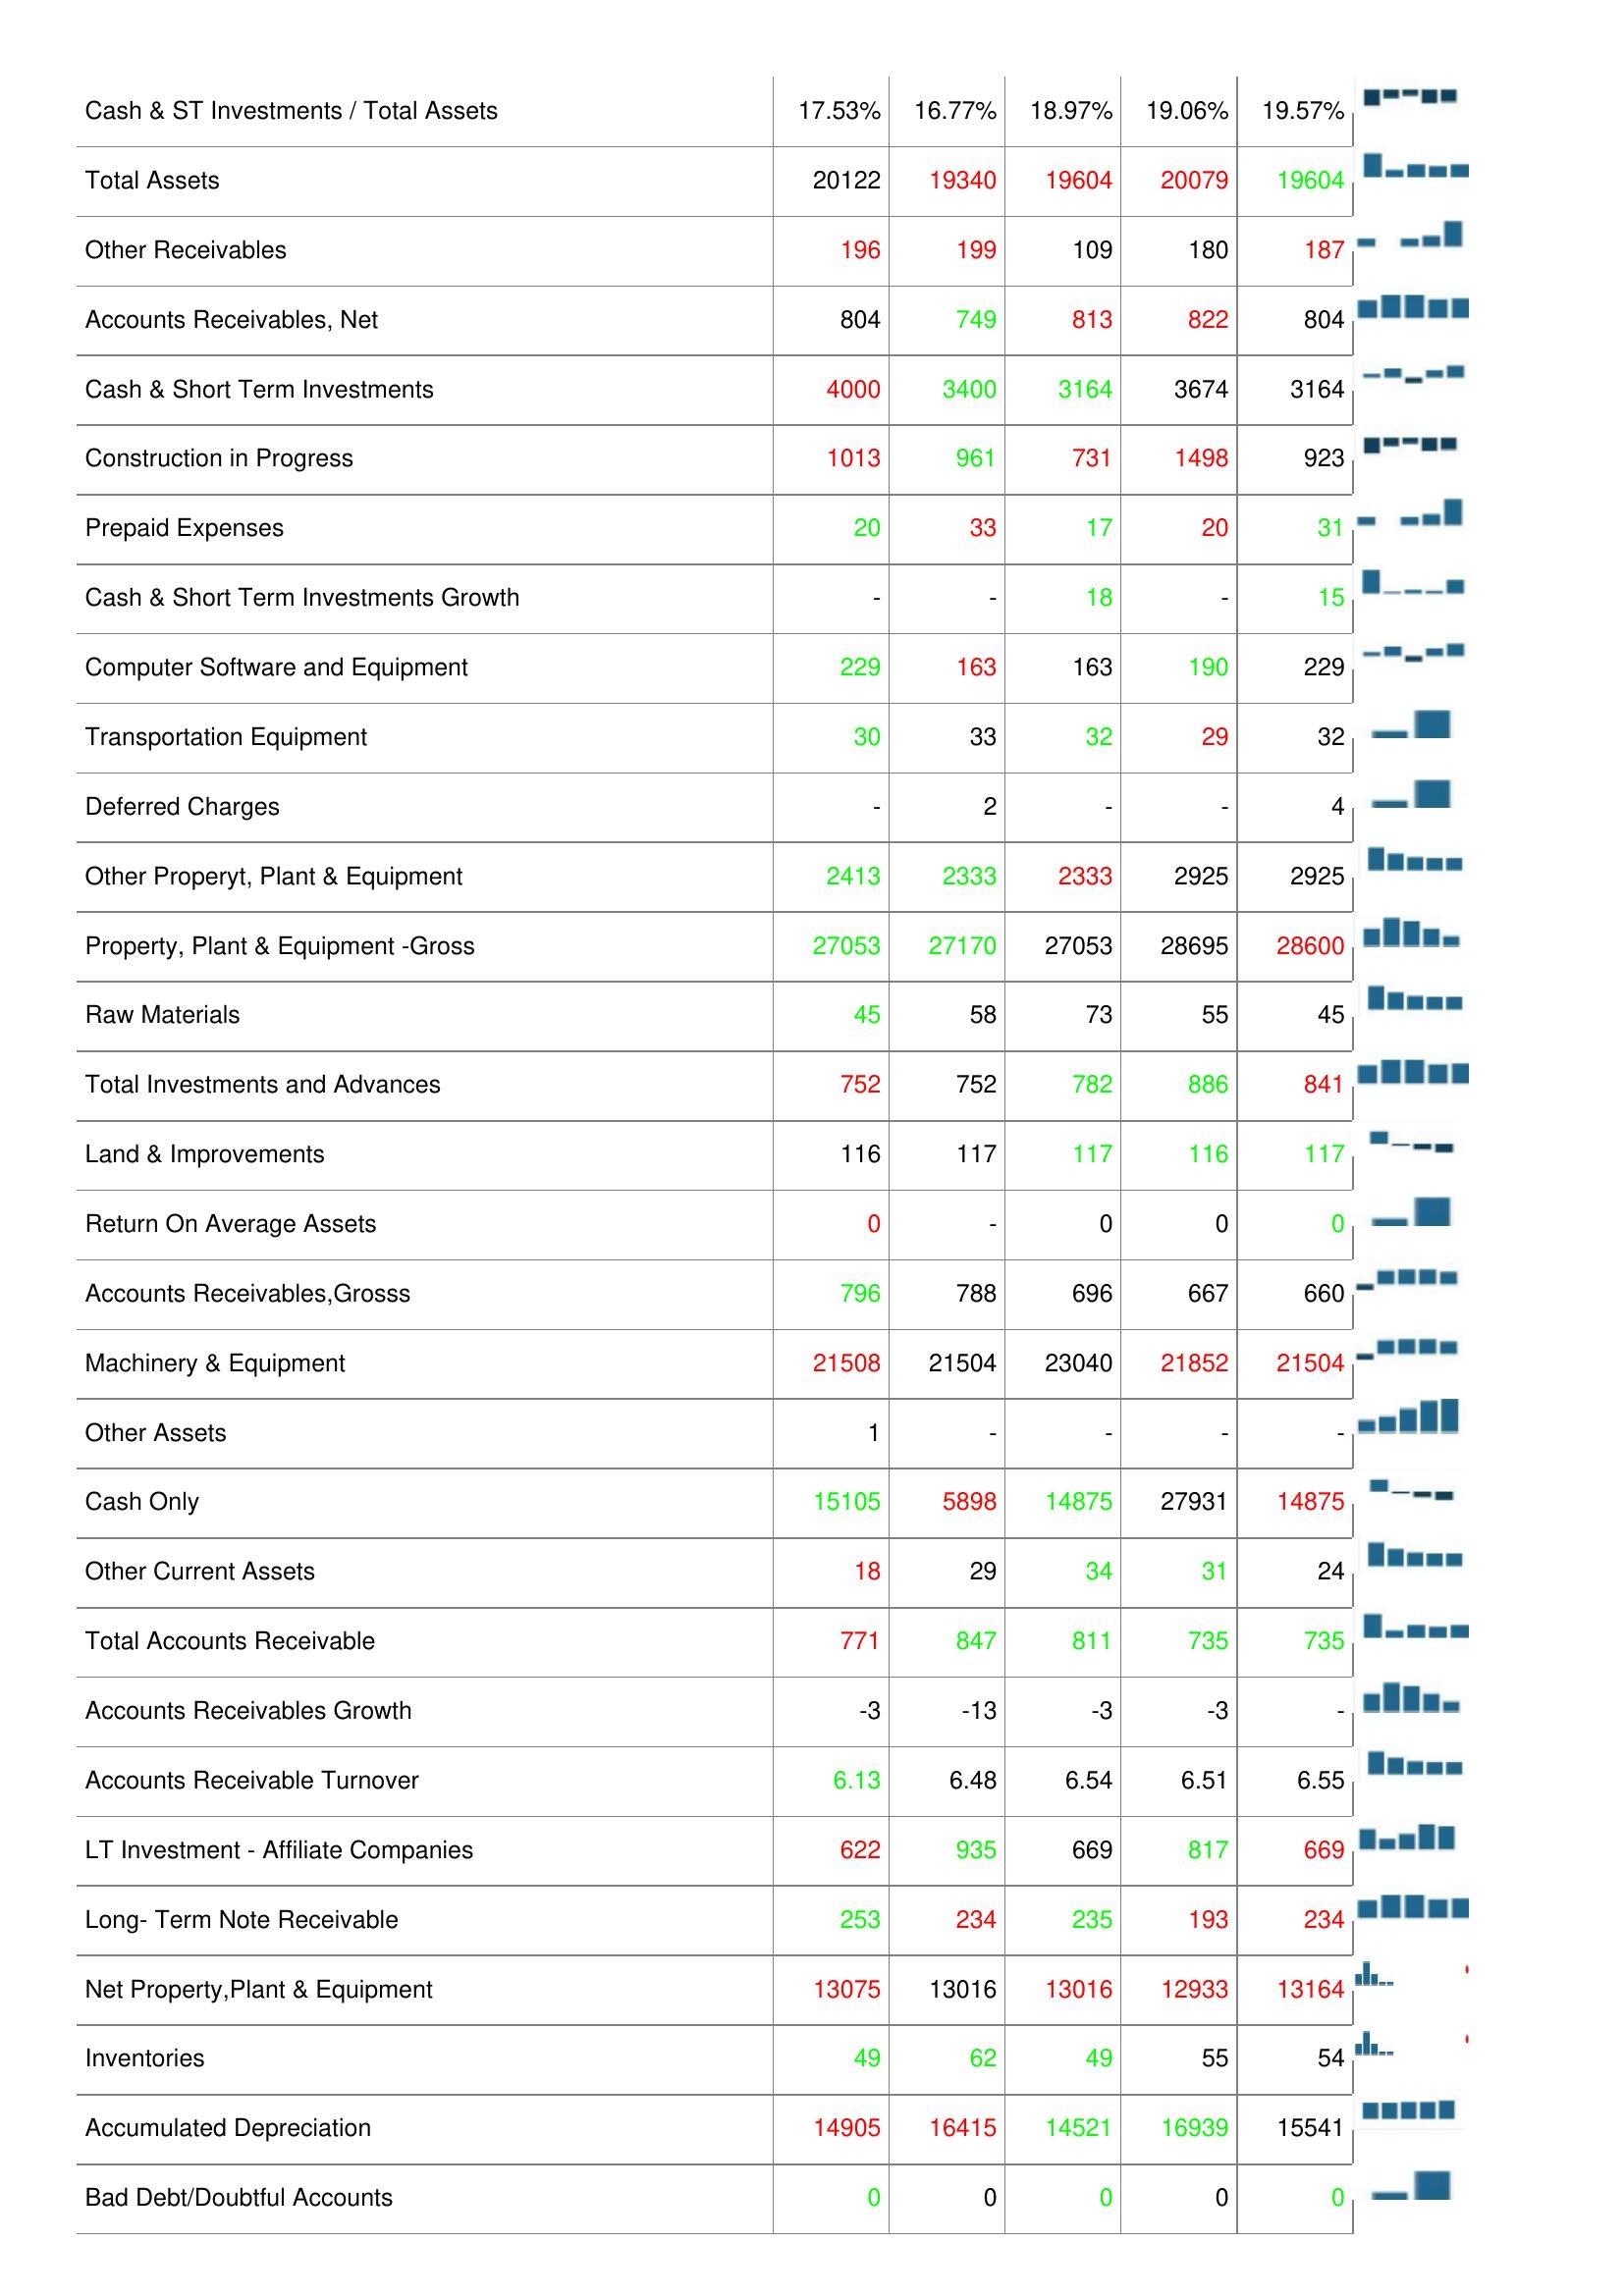
2020: Assets: Total Current Assets: 4098
Buildings: 443
Asset Turnover: -
Assets - Total-Growth: 2
Leases: 1331
Finished Goods: 2
Cash & ST Investments / Total Assets: 17.53%
Total Assets: 20122
Other Receivables: 196
Accounts Receivables, Net: 804
Cash & Short Term Investments: 4000
Construction in Progress: 1013
Prepaid Expenses: 20
Cash & Short Term Investments Growth: -
Computer Software and Equipment: 229
Transportation Equipment: 30
Deferred Charges: -
Other Properyt, Plant & Equipment: 2413
Property, Plant & Equipment -Gross: 27053
Raw Materials: 45
Total Investments and Advances: 752
Land & Improvements: 116
Return On Average Assets: 0
Accounts Receivables,Grosss: 796
Machinery & Equipment: 21508
Other Assets: 1
Cash Only: 15105
Other Current Assets: 18
Total Accounts Receivable: 771
Accounts Receivables Growth: -3
Accounts Receivable Turnover: 6.13
LT Investment - Affiliate Companies: 622
Long- Term Note Receivable: 253
Net Property,Plant & Equipment: 13075
Inventories: 49
Accumulated Depreciation: 14905
Bad Debt/Doubtful Accounts: 0
2021: Assets: Total Current Assets: 4236
Buildings: 461
Asset Turnover: 0
Assets - Total-Growth: 2
Leases: 1362
Finished Goods: 3
Cash & ST Investments / Total Assets: 16.77%
Total Assets: 19340
Other Receivables: 199
Accounts Receivables, Net: 749
Cash & Short Term Investments: 3400
Construction in Progress: 961
Prepaid Expenses: 33
Cash & Short Term Investments Growth: -
Computer Software and Equipment: 163
Transportation Equipment: 33
Deferred Charges: 2
Other Properyt, Plant & Equipment: 2333
Property, Plant & Equipment -Gross: 27170
Raw Materials: 58
Total Investments and Advances: 752
Land & Improvements: 117
Return On Average Assets: -
Accounts Receivables,Grosss: 788
Machinery & Equipment: 21504
Other Assets: -
Cash Only: 5898
Other Current Assets: 29
Total Accounts Receivable: 847
Accounts Receivables Growth: -13
Accounts Receivable Turnover: 6.48
LT Investment - Affiliate Companies: 935
Long- Term Note Receivable: 234
Net Property,Plant & Equipment: 13016
Inventories: 62
Accumulated Depreciation: 16415
Bad Debt/Doubtful Accounts: 0
2022: Assets: Total Current Assets: 4844
Buildings: 448
Asset Turnover: -
Assets - Total-Growth: -5
Leases: 2145
Finished Goods: 3
Cash & ST Investments / Total Assets: 18.97%
Total Assets: 19604
Other Receivables: 109
Accounts Receivables, Net: 813
Cash & Short Term Investments: 3164
Construction in Progress: 731
Prepaid Expenses: 17
Cash & Short Term Investments Growth: 18
Computer Software and Equipment: 163
Transportation Equipment: 32
Deferred Charges: -
Other Properyt, Plant & Equipment: 2333
Property, Plant & Equipment -Gross: 27053
Raw Materials: 73
Total Investments and Advances: 782
Land & Improvements: 117
Return On Average Assets: 0
Accounts Receivables,Grosss: 696
Machinery & Equipment: 23040
Other Assets: -
Cash Only: 14875
Other Current Assets: 34
Total Accounts Receivable: 811
Accounts Receivables Growth: -3
Accounts Receivable Turnover: 6.54
LT Investment - Affiliate Companies: 669
Long- Term Note Receivable: 235
Net Property,Plant & Equipment: 13016
Inventories: 49
Accumulated Depreciation: 14521
Bad Debt/Doubtful Accounts: 0
2023: Assets: Total Current Assets: 4844
Buildings: 446
Asset Turnover: 0
Assets - Total-Growth: -5
Leases: 681
Finished Goods: 3
Cash & ST Investments / Total Assets: 19.06%
Total Assets: 20079
Other Receivables: 180
Accounts Receivables, Net: 822
Cash & Short Term Investments: 3674
Construction in Progress: 1498
Prepaid Expenses: 20
Cash & Short Term Investments Growth: -
Computer Software and Equipment: 190
Transportation Equipment: 29
Deferred Charges: -
Other Properyt, Plant & Equipment: 2925
Property, Plant & Equipment -Gross: 28695
Raw Materials: 55
Total Investments and Advances: 886
Land & Improvements: 116
Return On Average Assets: 0
Accounts Receivables,Grosss: 667
Machinery & Equipment: 21852
Other Assets: -
Cash Only: 27931
Other Current Assets: 31
Total Accounts Receivable: 735
Accounts Receivables Growth: -3
Accounts Receivable Turnover: 6.51
LT Investment - Affiliate Companies: 817
Long- Term Note Receivable: 193
Net Property,Plant & Equipment: 12933
Inventories: 55
Accumulated Depreciation: 16939
Bad Debt/Doubtful Accounts: 0
2024: Assets: Total Current Assets: 3994
Buildings: 461
Asset Turnover: -
Assets - Total-Growth: -
Leases: 2145
Finished Goods: 2
Cash & ST Investments / Total Assets: 19.57%
Total Assets: 19604
Other Receivables: 187
Accounts Receivables, Net: 804
Cash & Short Term Investments: 3164
Construction in Progress: 923
Prepaid Expenses: 31
Cash & Short Term Investments Growth: 15
Computer Software and Equipment: 229
Transportation Equipment: 32
Deferred Charges: 4
Other Properyt, Plant & Equipment: 2925
Property, Plant & Equipment -Gross: 28600
Raw Materials: 45
Total Investments and Advances: 841
Land & Improvements: 117
Return On Average Assets: 0
Accounts Receivables,Grosss: 660
Machinery & Equipment: 21504
Other Assets: -
Cash Only: 14875
Other Current Assets: 24
Total Accounts Receivable: 735
Accounts Receivables Growth: -
Accounts Receivable Turnover: 6.55
LT Investment - Affiliate Companies: 669
Long- Term Note Receivable: 234
Net Property,Plant & Equipment: 13164
Inventories: 54
Accumulated Depreciation: 15541
Bad Debt/Doubtful Accounts: 0